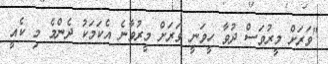
"ވަރަށް މީރުވަސް ދުވާ ހީވަނީ ވަރަށް މީރުވާނެ އެކަމަކު ދެންމެ މި ކެއީ